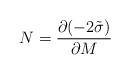
LaTeX: \begin{align*}N = \frac{\partial(-2\tilde\sigma)}{\partial M}\end{align*}